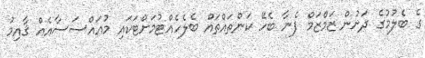
ގެ ބެލުމުގެ ދަށުން ޒަމްޒަމް ފެނާ ބެހޭ ކަންތައްތައް ބެލެހެއްޓުމަށްޓަކައި މުއައްސަސާއެއް ޤާއިމު